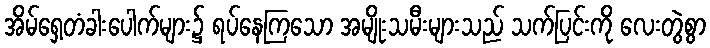
အိမ်ရှေ့တံခါးပေါက်များ၌ ရပ်နေကြသော အမျိုးသမီးများသည် သက်ပြင်းကို လေးတွဲစွာ